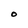
Character: O